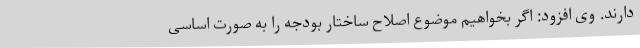
دارند. وی افزود: اگر بخواهیم موضوع اصلاح ساختار بودجه را به صورت اساسی